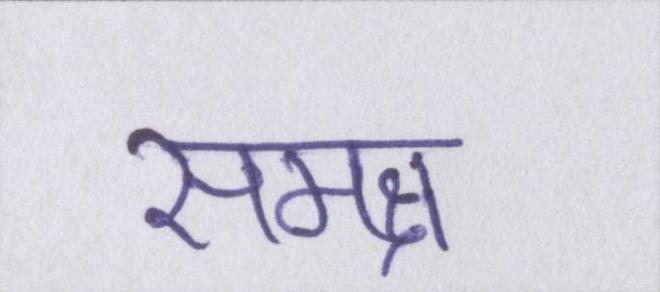
समक्ष